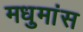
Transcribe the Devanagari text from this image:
मधुमांस